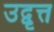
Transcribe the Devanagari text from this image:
उद्वृत्त